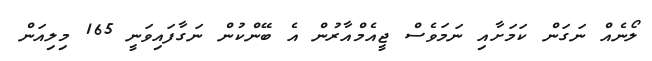
ލޯނެއް ނަގަން ކަމަށާއި ނަމަވެސް ޖީއެމްއާރުން އެ ބޭންކުން ނަގާފައިވަނީ 165 މިލިއަން